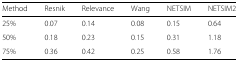
| Method | Resnik | Relevance | Wang | NETSIM | NETSIM2 |
 | --- | --- | --- | --- | --- | --- |
 | 25% | 0.07 | 0.14 | 0.08 | 0.15 | 0.64 |
 | 50% | 0.18 | 0.23 | 0.15 | 0.31 | 1.18 |
 | 75% | 0.36 | 0.42 | 0.25 | 0.58 | 1.76 |